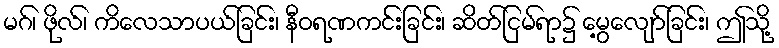
မဂ်၊ ဖိုလ်၊ ကိလေသာပယ်ခြင်း၊ နီဝရဏကင်းခြင်း၊ ဆိတ်ငြမ်ရာ၌ မွေ့လျော်ခြင်း၊ ဤသို့